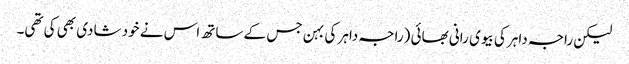
لیکن راجہ داہر کی بیوی رانی بھائی (راجہ داہر کی بہن جس کے ساتھ اس نے خود شادی بھی کی تھی۔